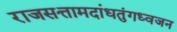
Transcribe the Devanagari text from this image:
राजसत्तामदांधतुंगध्वजन